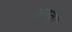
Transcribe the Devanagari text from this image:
यनवा